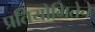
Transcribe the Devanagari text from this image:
प्रतियोगितेचे